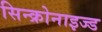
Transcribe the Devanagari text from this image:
सिन्क्रोनाइज्ड